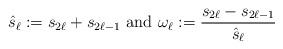
LaTeX: \begin{align*}\hat{s}_\ell :=s_{2\ell}+s_{2\ell-1}\textrm{ and }\omega_\ell :=\frac{s_{2\ell}-s_{2\ell-1}}{\hat{s}_\ell}\,\end{align*}